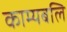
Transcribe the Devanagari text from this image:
काम्यबलि